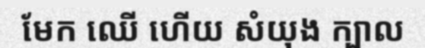
មែក ឈើ ហើយ សំយុង ក្បាល